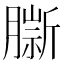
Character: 𦠔